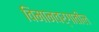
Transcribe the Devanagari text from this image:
विमानवर्गातील